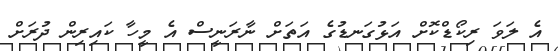
އެ ލަވަ ރިކޯޑްކޮށް އަޅުގަނޑުގެ އަތަށް ނާރަނީސް އެ މީހާ ކައިރިން ދުރަށް